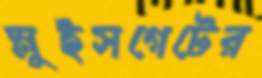
স্লুইসগেটের